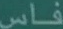
فاس